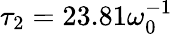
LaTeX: \tau_{2}=23.81\omega_{0}^{-1}